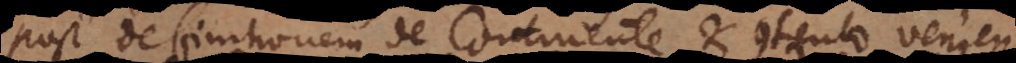
Post definitionem de Continente et contento veniend